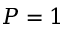
P = 1